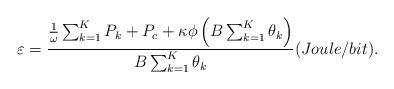
LaTeX: \begin{align*}\varepsilon=\frac{\frac{1}{\omega}\sum_{k=1}^K P_k+P_c+\kappa\phi\left(B\sum_{k=1}^K\theta_k\right)}{B\sum_{k=1}^K\theta_k}(Joule/bit).\end{align*}